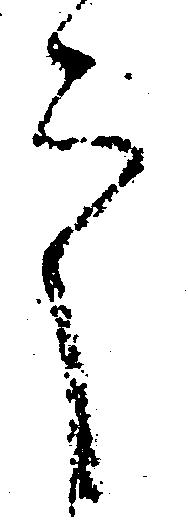
之